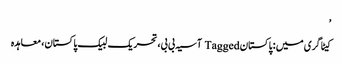
’
کیٹاگری میں : پاکستان Tagged آسیہ بی بی، تحریک لبیک پاکستان، معاہدہ